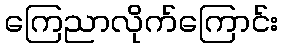
ကြေညာလိုက်ကြောင်း